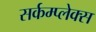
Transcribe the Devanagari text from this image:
सर्कम्प्लेक्स